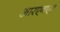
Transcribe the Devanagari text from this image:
आरएनएन